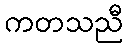
ကတသညီ